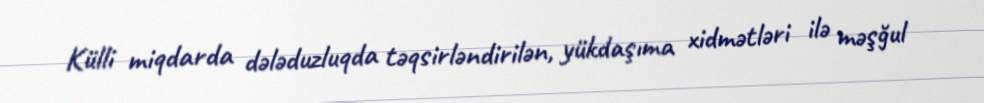
Külli miqdarda dələduzluqda təqsirləndirilən, yükdaşıma xidmətləri ilə məşğul